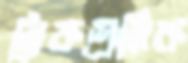
ট্রাকশ্রমিক